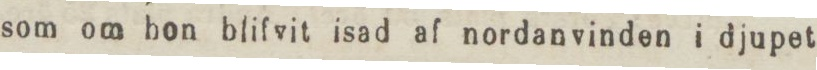
som om hon blifvit isad af nordanvinden i djupet